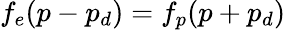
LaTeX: f_{e}(p-p_{d})=f_{p}(p+p_{d})